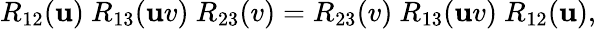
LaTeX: R_{12}(\mathbf{u})\ R_{13}(\mathbf{u}v)\ R_{23}(v)=R_{23}(v)\ R_{13}(\mathbf{u}v)\ R_{12}(\mathbf{u}),